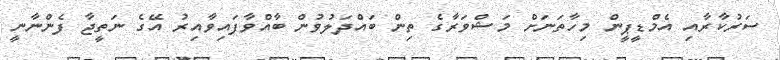
ސަރުކާރާއި އެމްޑީޕީން މިހާތަނަށް މަޝްވަރާގެ ތިން ބައްދަލުވުން ބާއްވާފައިވާއިރު އޭގެ ނަތީޖާ ފެންނާނީ